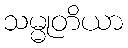
သမ္မုတိယာ